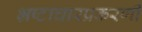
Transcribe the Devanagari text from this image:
भ्रष्टाचारप्रकरणी